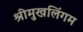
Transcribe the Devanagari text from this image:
श्रीमुखलिंगम